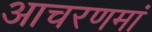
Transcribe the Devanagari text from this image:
आचरणमां